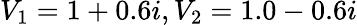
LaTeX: V_{1}=1+0.6i,V_{2}=1.0-0.6i